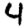
Digit: 4